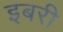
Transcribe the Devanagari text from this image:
इबरी